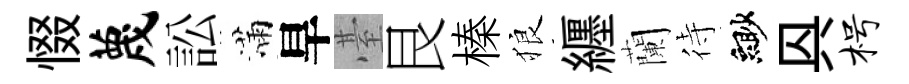
惙蔑訟滿旱䑓艮榛狼纒蘭待緲㒷枵